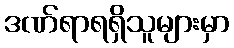
ဒဏ်ရာရရှိသူများမှာ